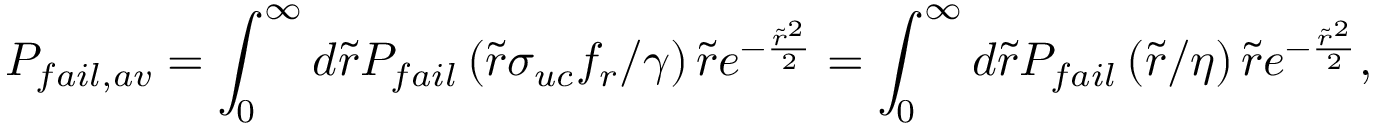
P _ { f a i l , a v } = \int _ { 0 } ^ { \infty } d \tilde { r } P _ { f a i l } \left( \tilde { r } \sigma _ { u c } f _ { r } / \gamma \right) \tilde { r } e ^ { - \frac { \tilde { r } ^ { 2 } } { 2 } } = \int _ { 0 } ^ { \infty } d \tilde { r } P _ { f a i l } \left( \tilde { r } / \eta \right) \tilde { r } e ^ { - \frac { \tilde { r } ^ { 2 } } { 2 } } ,